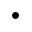
\bullet